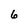
Character: 6